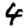
Digit: 4